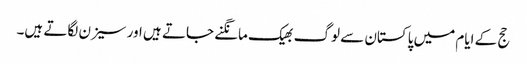
حج کے ایام میں پاکستان سے لوگ بھیک مانگنے جاتے ہیں اور سیزن لگاتے ہیں۔